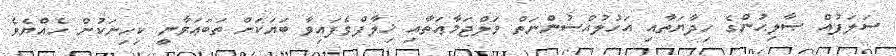
ސަލަފުއް ޞާލިޙުންގެ ހިދާޔަތާއި އަހުލުއްސުންނަތް ވަލްޖަމާޢަތާއި ޚިލާފްވެފައިވާ ބަޔަކަށް ތަބަޢަވާނީ ކިހިނަކުން ހެއްޔެވެ